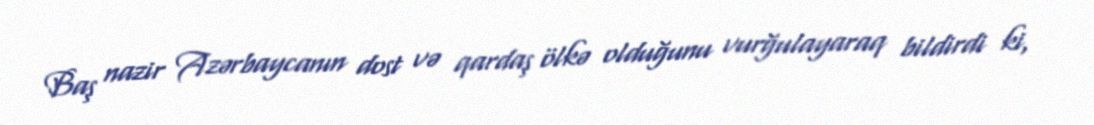
Baş nazir Azərbaycanın dost və qardaş ölkə olduğunu vurğulayaraq bildirdi ki,